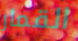
القمار